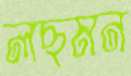
লছমন